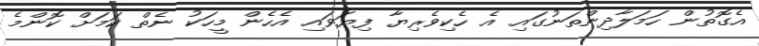
އެގޮތުން ހަމަލާދިންތަނުގައި އެ ހެކިވެރިޔާ ފިޔަވައި އެހެން މީހަކު ނެތް ކަމަށް ކޮންމެ